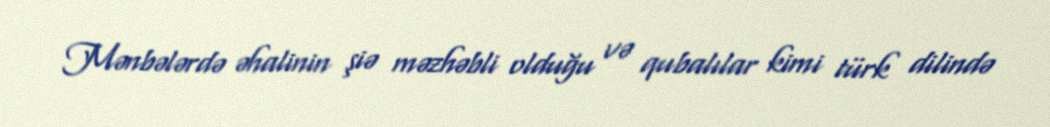
Mənbələrdə əhalinin şiə məzhəbli olduğu və qubalılar kimi türk dilində